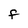
Character: F